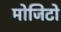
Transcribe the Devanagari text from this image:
मोजिटो